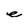
Character: e